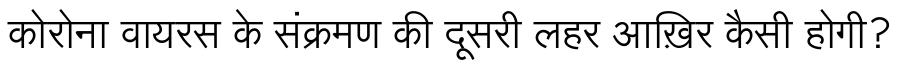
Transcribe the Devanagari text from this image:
कोरोना वायरस के संक्रमण की दूसरी लहर आख़िर कैसी होगी?